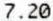
7.20